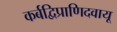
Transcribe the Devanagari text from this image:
कर्बद्विप्राणिदवायू